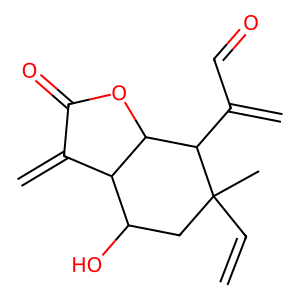
SMILES: C=CC1(C)CC(O)C2C(=C)C(=O)OC2C1C(=C)C=O
Inhibits HIV replication: No